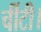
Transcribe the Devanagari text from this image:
चींटी।